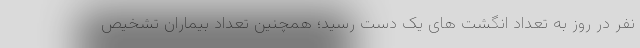
نفر در روز به تعداد انگشت های یک دست رسید؛ همچنین تعداد بیماران تشخیص